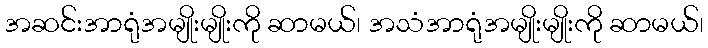
အဆင်းအာရုံအမျိုးမျိုးကို ဆာမယ်၊ အသံအာရုံအမျိုးမျိုးကို ဆာမယ်၊